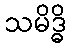
သမိဒ္ဓိ